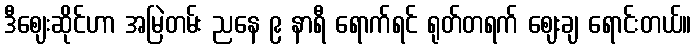
ဒီဈေးဆိုင်ဟာ အမြဲတမ်း ညနေ ၉ နာရီ ရောက်ရင် ရုတ်တရက် ဈေးချ ရောင်းတယ်။